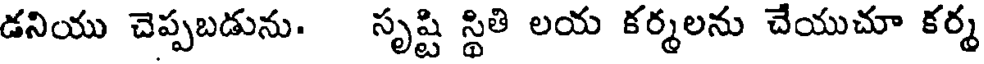
డనియు చెప్పబడును. సృష్టి స్థితి లయ కర్మలను చేయుచూ కర్మ